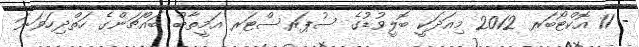
- 11 އޮކްޓޯބަރ 2012 މިއަދަކީ ބޮލީވުޑުގެ ސުޕަރސްޓަރ އަމީތާބް ބައްޗަންގެ ހަތްދިހަވަނަ